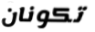
تكونان